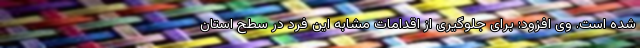
شده است. وی افزود: برای جلوگیری از اقدامات مشابه این فرد در سطح استان